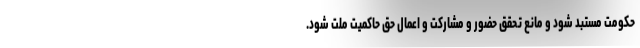
حکومت مستبد شود و مانع تحقق حضور و مشارکت و اعمال حق حاکمیت ملت شود.